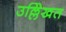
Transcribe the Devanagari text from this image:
उल्लेिखत